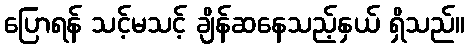
ပြောရန် သင့်မသင့် ချိန်ဆနေသည့်နှယ် ရှိသည်။